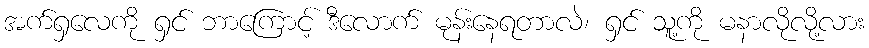
အက်ရှလေကို ရှင် ဘာကြောင့် ဒီလောက် မုန်းနေရတာလဲ၊ ရှင် သူ့ကို မနာလိုလို့လား